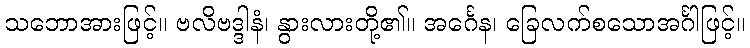
သဘောအားဖြင့်။ ဗလိဗဒ္ဒါနံ၊ နွားလားတို့၏။ အင်္ဂေန၊ ခြေလက်စသောအင်္ဂါဖြင့်။